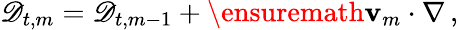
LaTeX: \mathscr{D}_{t,m}=\mathscr{D}_{t,m-1}+\ensuremath{\mathbf{v}}_{m}\cdot\nabla\, ,